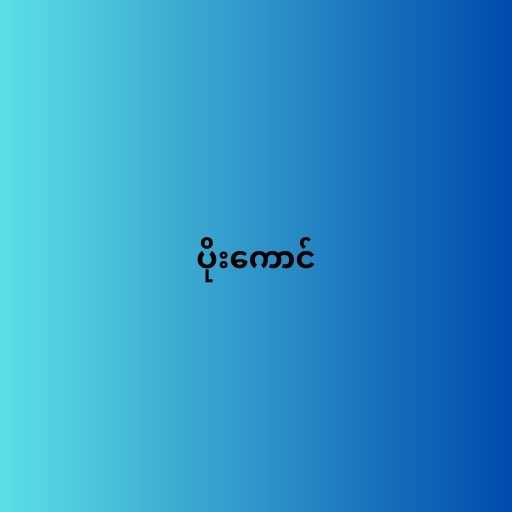
ပိုးကောင်